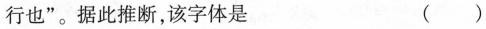
行也”。据此推断，该字体是 ( )